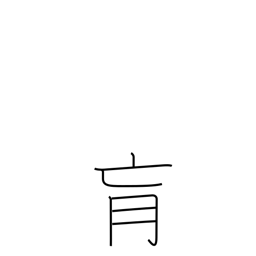
Meaning: interior region of the body too deep to be reached by acupuncture